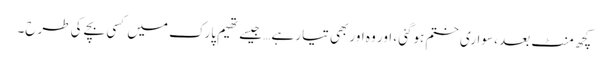
کچھ منٹ بعد ، سواری ختم ہوگئی ، اور وہ اور بھی تیار ہے… جیسے تھیم پارک میں کسی بچے کی طرح۔